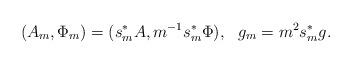
LaTeX: \begin{align*}(A_{m} , \Phi_{m}) = (s_m^* A , m^{-1} s_m^* \Phi) , \ \ g_m = m^2 s_{m}^* g.\end{align*}